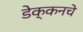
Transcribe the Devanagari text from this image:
डेक्कनचे